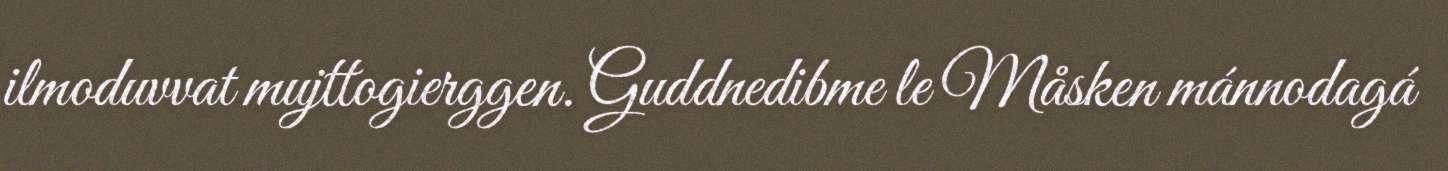
ilmoduvvat mujttogierggen. Guddnedibme le Måsken mánnodagá